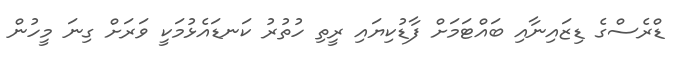
ޑްރެސްގެ ޑިޒައިނާއި ބައްޓަމަށް ފާޑުކިޔައި ރީތި ހުތުރު ކަނޑައެޅުމަކީ ވަރަށް ގިނަ މީހުން